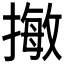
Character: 𢳺